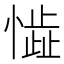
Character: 𱟈